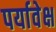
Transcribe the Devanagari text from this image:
पर्यावेक्ष